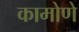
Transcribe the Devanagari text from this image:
कामोणे